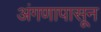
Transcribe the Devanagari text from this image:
अंगणापासून